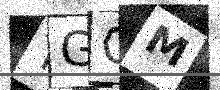
Text: TGQM